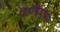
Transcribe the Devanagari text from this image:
शिरोबिंदुंच्या